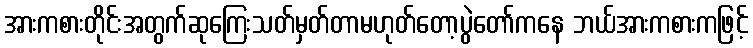
အားကစားတိုင်းအတွက်ဆုကြေးသတ်မှတ်တာမဟုတ်တော့ပွဲတော်ကနေ ဘယ်အားကစားကဖြင့်